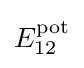
E_{12}^{\mathrm {pot} }